Lunatic asylums Madras 1892-1911 - 1892-1911
Year: 1892
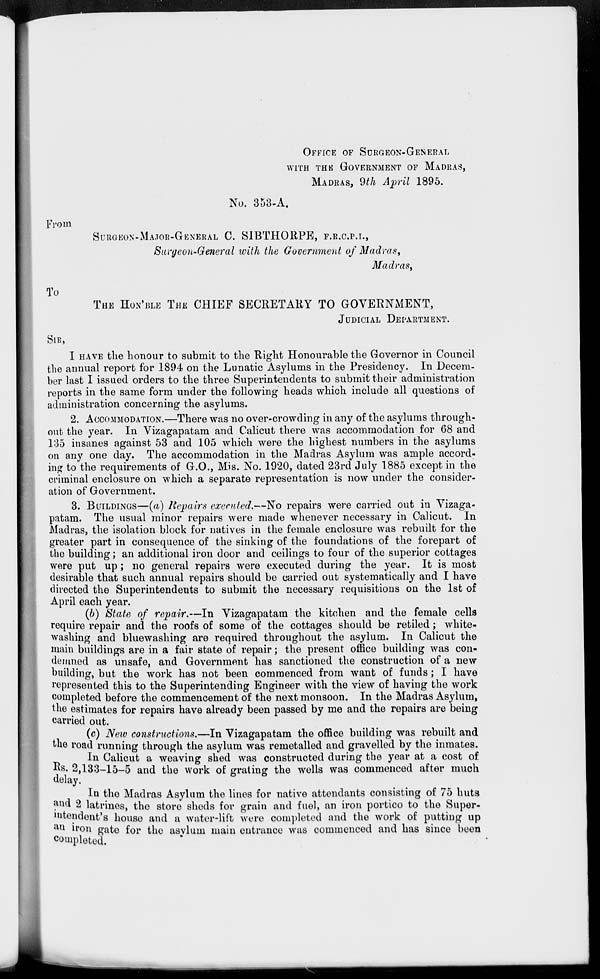
OFFICE OF SURGEON-GENERAL
WITH THE GOVERNMENT OF MADRAS,
MADRAS, 9th April 1895.
No. 353-A.
From
SURGEON-MAJOR-GENERAL C. SIBTHORPE, F.R.C.P.I.,
Surgeon-General with the Government of Madras,
Madras,
To
THE HON'BLE THE CHIEF SECRETARY TO GOVERNMENT,
JUDICIAL DEPARTMENT.
SIR,
I HAVE the honour to submit to the Right Honourable the Governor in Council
the annual report for 1894 on the Lunatic Asylums in the Presidency. In Decem-
ber last I issued orders to the three Superintendents to submit their administration
reports in the same form under the following heads which include all questions of
administration concerning the asylums.
2. ACCOMMODATION.—There was no over-crowding in any of the asylums through-
out the year. In Vizagapatam and Calicut there was accommodation for 68 and
135 insanes against 53 and 105 which were the highest numbers in the asylums
on any one day. The accommodation in the Madras Asylum was ample accord-
ing to the requirements of G.O., Mis. No. 1920, dated 23rd July 1885 except in the
criminal enclosure on which a separate representation is now under the consider-
ation of Government.
3. BUILDINGS—(a) Repairs executed.—No repairs were carried out in Vizaga-
patam. The usual minor repairs were made whenever necessary in Calicut. In
Madras, the isolation block for natives in the female enclosure was rebuilt for the
greater part in consequence of the sinking of the foundations of the forepart of
the building; an additional iron door and ceilings to four of the superior cottages
were put up; no general repairs were executed during the year. It is most
desirable that such annual repairs should be carried out systematically and I have
directed the Superintendents to submit the necessary requisitions on the 1st of
April each year.
(b) State of repair.—In Vizagapatam the kitchen and the female cells
require repair and the roofs of some of the cottages should be retiled; white-
washing and bluewashing are required throughout the asylum. In Calicut the
main buildings are in a fair state of repair; the present office building was con-
demned as unsafe, and Government has sanctioned the construction of a new
building, but the work has not been commenced from want of funds; I have
represented this to the Superintending Engineer with the view of having the work
completed before the commencement of the next monsoon. In the Madras Asylum,
the estimates for repairs have already been passed by me and the repairs are being
carried out.
(c) New constructions.—In Vizagapatam the office building was rebuilt and
the road running through the asylum was remetalled and gravelled by the inmates.
In Calicut a weaving shed was constructed during the year at a cost of
Rs. 2,133-15-5 and the work of grating the wells was commenced after much
delay.
In the Madras Asylum the lines for native attendants consisting of 75 huts
and 2 latrines, the store sheds for grain and fuel, an iron portico to the Super-
intendent's house and a water-lift were completed and the work of putting up
an iron gate for the asylum main entrance was commenced and has since been
completed.